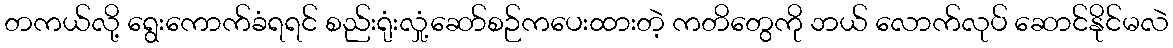
တကယ်လို့ ရွေးကောက်ခံရရင် စည်းရုံးလှုံ့ဆော်စဉ်ကပေးထားတဲ့ ကတိတွေကို ဘယ် လောက်လုပ် ဆောင်နိုင်မလဲ